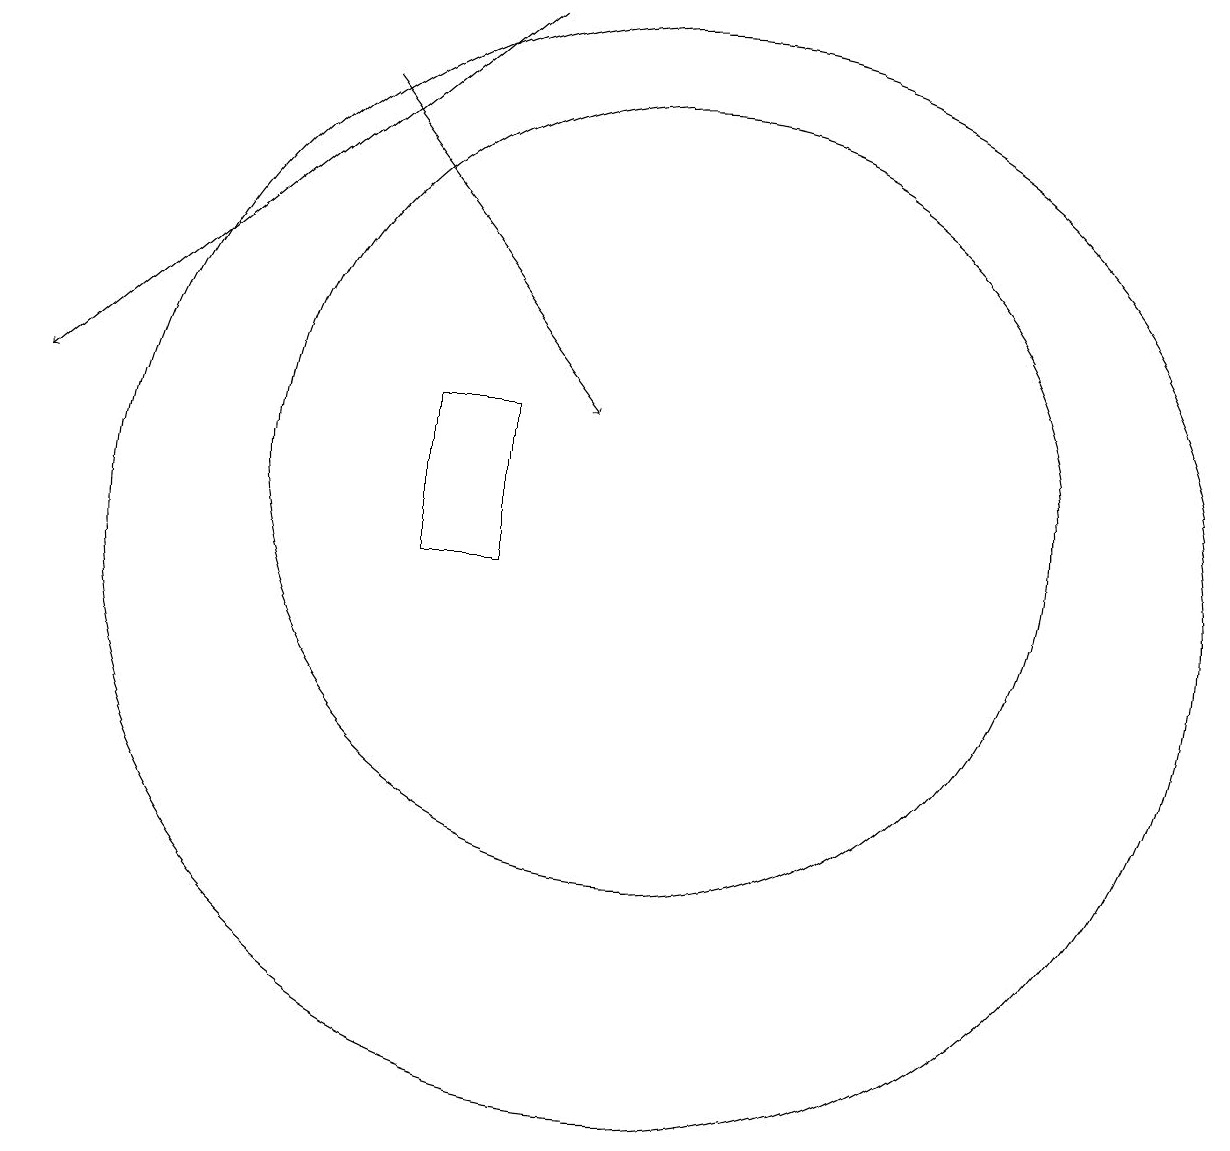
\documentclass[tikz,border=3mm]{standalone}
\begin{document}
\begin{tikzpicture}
\draw[->] (6,16) -- (9,12);
\draw[->] (8,17) -- (2,12);
\draw (10,11) circle (5);
\draw (7,10) rectangle (8,12);
\draw (10,10) circle (7);
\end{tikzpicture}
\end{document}